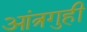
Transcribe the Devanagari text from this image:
आंत्रगुही